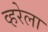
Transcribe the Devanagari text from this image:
व्हरेला